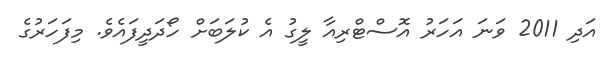
އަދި 2011 ވަނަ އަހަރު އޮސްޓްރިއާ ލީގު އެ ކުލަބަށް ހޯދަދީފައެވެ. މިފަހަރުގެ